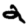
Digit: 2